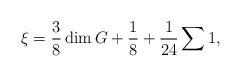
LaTeX: \begin{align*}\xi=\frac{3}{8}\dim G+\frac{1}{8}+\frac{1}{24}\sum 1,\end{align*}